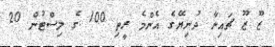
ޒޫ ޒޫ ޗައިނާ ދުނިޔޭގެ އެންމެ ރީތި 100 ގެ ލިސްޓުން 20